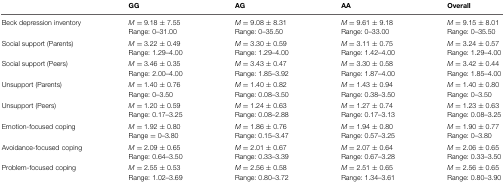
<table><thead><tr><td></td><td><b>GG</b></td><td><b>AG</b></td><td><b>AA</b></td><td><b>Overall</b></td></tr></thead><tbody><tr><td>Beck depression inventory</td><td><i>M</i> = 9.18 ± 7.55Range: 0–31.00</td><td><i>M</i> = 9.08 ± 8.31Range: 0–35.50</td><td><i>M</i> = 9.61 ± 9.18Range: 0–33.00</td><td><i>M</i> = 9.15 ± 8.01Range: 0–35.50</td></tr><tr><td>Social support (Parents)</td><td><i>M</i> = 3.22 ± 0.49Range: 1.29–4.00</td><td><i>M</i> = 3.30 ± 0.59Range: 1.29–4.00</td><td><i>M</i> = 3.11 ± 0.75Range: 1.42–4.00</td><td><i>M</i> = 3.24 ± 0.57Range: 1.29–4.00</td></tr><tr><td>Social support (Peers)</td><td><i>M</i> = 3.46 ± 0.35Range: 2.00–4.00</td><td><i>M</i> = 3.43 ± 0.47Range: 1.85–3.92</td><td><i>M</i> = 3.30 ± 0.58Range: 1.87–4.00</td><td><i>M</i> = 3.42 ± 0.44Range: 1.85–4.00</td></tr><tr><td>Unsupport (Parents)</td><td><i>M</i> = 1.40 ± 0.76Range: 0–3.50</td><td><i>M</i> = 1.40 ± 0.82Range: 0.08–3.50</td><td><i>M</i> = 1.43 ± 0.94Range: 0.38–3.50</td><td><i>M</i> = 1.40 ± 0.80Range: 0–3.50</td></tr><tr><td>Unsupport (Peers)</td><td><i>M</i> = 1.20 ± 0.59Range: 0.17–3.25</td><td><i>M</i> = 1.24 ± 0.63Range: 0.08–2.88</td><td><i>M</i> = 1.27 ± 0.74Range: 0.17–3.13</td><td><i>M</i> = 1.23 ± 0.63Range: 0.08–3.25</td></tr><tr><td>Emotion-focused coping</td><td><i>M</i> = 1.92 ± 0.80Range = 0–3.80</td><td><i>M</i> = 1.86 ± 0.76Range: 0.15–3.47</td><td><i>M</i> = 1.94 ± 0.80Range: 0.57–3.25</td><td><i>M</i> = 1.90 ± 0.77Range: 0–3.80</td></tr><tr><td>Avoidance-focused coping</td><td><i>M</i> = 2.09 ± 0.65 Range: 0.64–3.50</td><td><i>M</i> = 2.01 ± 0.67Range: 0.33–3.39</td><td><i>M</i> = 2.07 ± 0.64Range: 0.67–3.28</td><td><i>M</i> = 2.06 ± 0.65Range: 0.33–3.50</td></tr><tr><td>Problem-focused coping</td><td><i>M</i> = 2.55 ± 0.53Range: 1.02–3.69</td><td><i>M</i> = 2.56 ± 0.58Range: 0.80–3.72</td><td><i>M</i> = 2.51 ± 0.65Range: 1.34–3.61</td><td><i>M</i> = 2.56 ± 0.65Range: 0.80–3.90</td></tr></tbody></table>